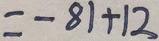
= - 8 1 + 1 2